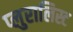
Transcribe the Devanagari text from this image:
प्लुरालिस्ट